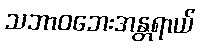
သဘာဝဘေးအန္တရာယ်